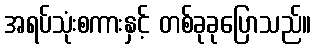
အရပ်သုံးစကားနှင့် တစ်ခုခုပြောသည်။